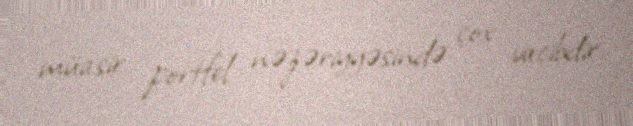
müasir portfel nəzəriyyəsində çox vacibdir.